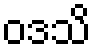
ဝဒသိ